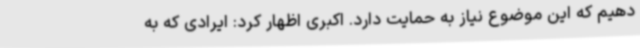
دهیم که این موضوع نیاز به حمایت دارد. اکبری اظهار کرد: ایرادی که به